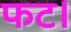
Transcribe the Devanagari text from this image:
फट।